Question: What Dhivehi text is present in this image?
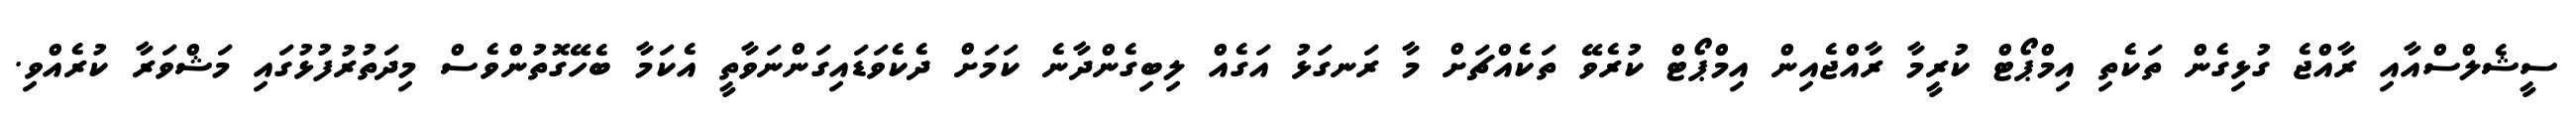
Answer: ސީޝެލްސްއާއި ރާއްޖެ ގުޅިގެން ތަކެތި އިމްޕޯޓް ކުރީމާ ރާއްޖެއިން އިމްޕޯޓް ކުރެވޭ ތަކެއްޗަށް މާ ރަނގަޅު އަގެއް ލިބިގެންދާނެ ކަމަށް ދެކެވަޑައިގަންނަވާތީ އެކަމާ ބެހޭގޮތުންވެސް މިދަތުރުފުޅުގައި މަޝްވަރާ ކުރެއްވި.